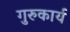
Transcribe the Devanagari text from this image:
गुरुकार्य